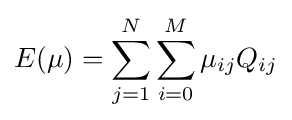
E(\mu )=\sum _{j=1}^{N}\sum _{i=0}^{M}\mu _{ij}Q_{ij}